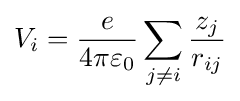
V_{i}={\frac {e}{4\pi \varepsilon _{0}}}\sum _{j\neq i}{\frac {z_{j}}{r_{ij}}}\,\!